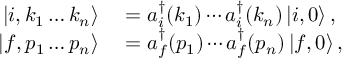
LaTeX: \begin{array} { r l } { \left| i , k _ { 1 } \ldots k _ { n } \right\rangle } & { { } = a _ { i } ^ { \dagger } ( k _ { 1 } ) \cdots a _ { i } ^ { \dagger } ( k _ { n } ) \left| i , 0 \right\rangle , } \\ { \left| f , p _ { 1 } \ldots p _ { n } \right\rangle } & { { } = a _ { f } ^ { \dagger } ( p _ { 1 } ) \cdots a _ { f } ^ { \dagger } ( p _ { n } ) \left| f , 0 \right\rangle , } \end{array}